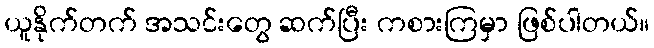
ယူနိုက်တက် အသင်းတွေ ဆက်ပြီး ကစားကြမှာ ဖြစ်ပါတယ်။